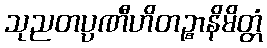
သုညတပ္ပဏီဟိတဉ္စာနိမိတ္တံ